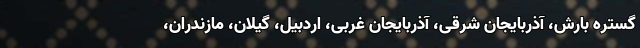
گستره بارش، آذربایجان شرقی، آذربایجان غربی، اردبیل، گیلان، مازندران،